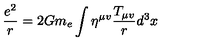
\frac { e ^ { 2 } } { r } = 2 G m _ { e } \int \eta ^ { \mu v } \frac { T _ { \mu v } } { r } d ^ { 3 } x